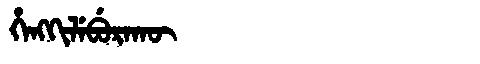
Manchu: ᡥᡝᠩᡴᡳᠯᡝᠪᡠᡵᠠᡴᡡ
Romanization: HENGKILEBURAKŪ